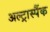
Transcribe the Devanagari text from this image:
अल्ट्रास्पैंक